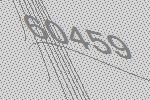
60459